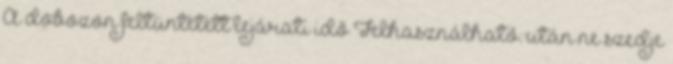
A dobozon feltüntetett lejárati idő Felhasználható: után ne szedje